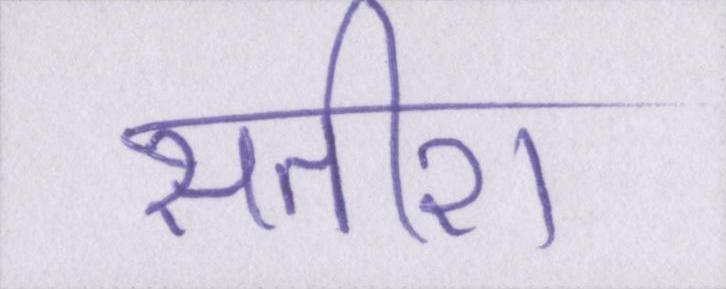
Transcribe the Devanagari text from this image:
सतीश